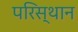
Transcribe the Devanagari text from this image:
परिस्थान